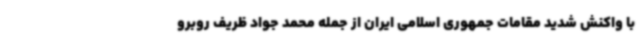
با واکنش شدید مقامات جمهوری اسلامی ایران از جمله محمد جواد ظریف روبرو